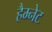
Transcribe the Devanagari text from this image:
हैम्नेट